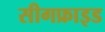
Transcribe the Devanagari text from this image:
सीगफ्राइड